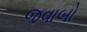
જવાબો